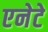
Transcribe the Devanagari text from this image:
एनेटे